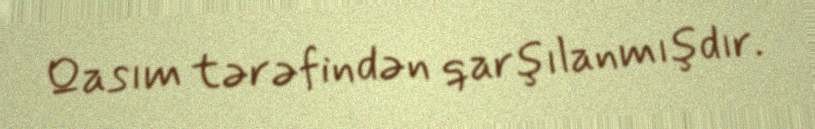
Qasım tərəfindən qarşılanmışdır.